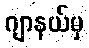
ဂျာနယ်မှ